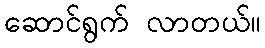
ဆောင်ရွက် လာတယ်။